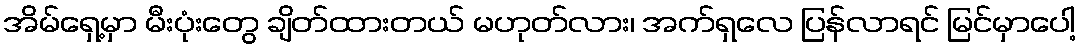
အိမ်ရှေ့မှာ မီးပုံးတွေ ချိတ်ထားတယ် မဟုတ်လား၊ အက်ရှလေ ပြန်လာရင် မြင်မှာပေါ့